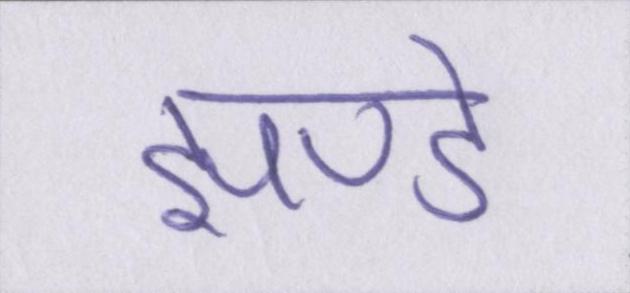
झण्डे